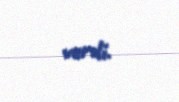
verdi.